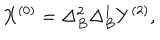
X ^ { ( 0 ) } = \Delta _ { B } ^ { 2 } \Delta _ { B } ^ { 1 } Y ^ { ( 2 ) } ,